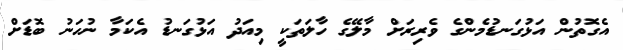
އެގޮތުން އަޅުގަނޑުމެންގެ ވެރިރަށް މާލޭގެ ހާލަތަކީ މިއަދު އަޅުގަނޑު އެކަމާ ނުހަނު ބޮޑަށް